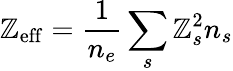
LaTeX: \mathbb{Z}_{\mathrm{{eff}}}=\frac{{1}}{{n_{e}}}\sum_{s}\mathbb{Z}_{s}^{2}n_{s}